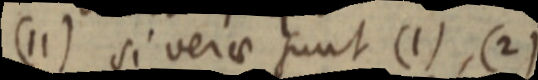
(11) si verae sunt (1), (2)